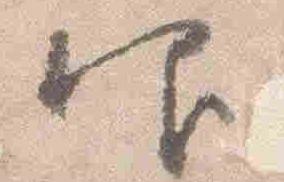
仰